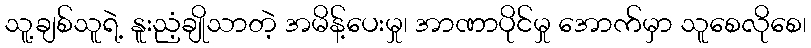
သူ့ချစ်သူရဲ့ နူးညံ့ချိုသာတဲ့ အမိန့်ပေးမှု၊ အာဏာပိုင်မှု အောက်မှာ သူစေလိုစေ၊